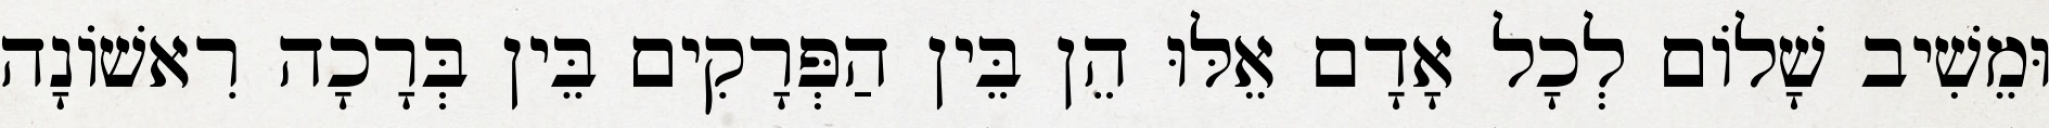
וּמֵשִׁיב שָׁלוֹם לְכָל אָדָם אֵלּוּ הֵן בֵּין הַפְּרָקִים בֵּין בְּרָכָה רִאשׁוֹנָה